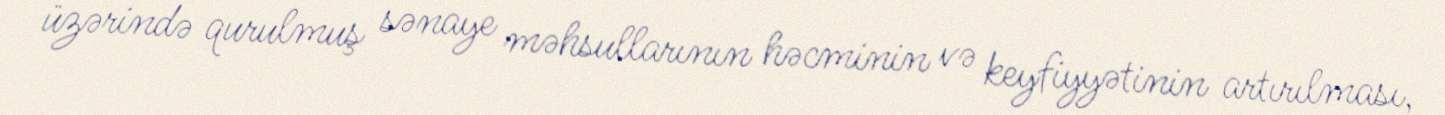
üzərində qurulmuş sənaye məhsullarının həcminin və keyfiyyətinin artırılması,